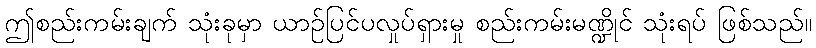
ဤစည်းကမ်းချက် သုံးခုမှာ ယာဉ်ပြင်ပလှုပ်ရှားမှု စည်းကမ်းမဏ္ဍိုင် သုံးရပ် ဖြစ်သည်။